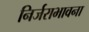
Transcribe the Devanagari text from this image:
निर्जराभावना